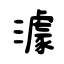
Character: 澽